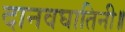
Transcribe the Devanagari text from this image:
दानवघातिनी॥